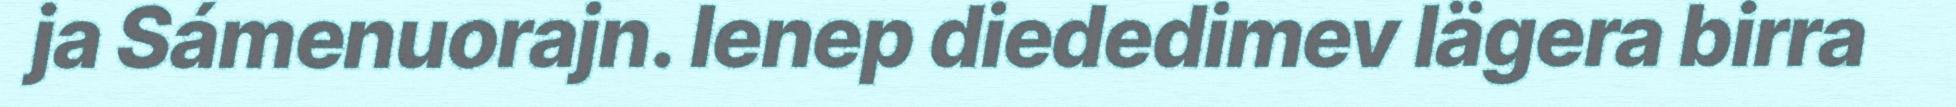
ja Sámenuorajn. Ienep diededimev lägera birra